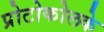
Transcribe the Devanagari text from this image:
प्रोटोकोलके